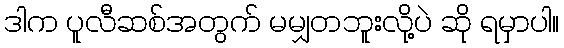
ဒါက ပူလီဆစ်အတွက် မမျှတဘူးလို့ပဲ ဆို ရမှာပါ။